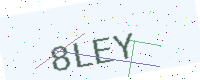
Text: 8LEY